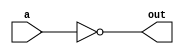
`timescale 1ns / 1ps
//////////////////////////////////////////////////////////////////////////////////
// Company: 
// Engineer: 
// 
// Design Name: 
// Module Name:    modules 
// Project Name: 
// Target Devices: 
// Tool versions: 
// Description: 
//
// Dependencies: 
//
// Revision: 
// Revision 0.01 - File Created
// Additional Comments: 
//
//////////////////////////////////////////////////////////////////////////////////
//Group-49.Machine-56
//Name-Sayan Mukhopadhyay(13CS30028)
//Name-Ravi Bansal(13CS30026)
//1 input not gate.
module notgate(out,a);
    output out;
    input a;
    assign out=~a;//complimenting a to input
endmodule
//2 input and gate.inputs are a and b
module and2gate(out,a,b);
    output out;
    input a;
    input b;
    assign out=a & b; //asiginign  out as a and b
endmodule
//2 input or gate.inputs are and b
module or2gate(out,a,b);
	output out;
	input a;
	input b;
	assign out=a | b; //assigning out as a or b
endmodule
// 3 input and gate.inputs are a,b and c
module and3gate(out,a,b,c);
	output out;
	input a;
	input b;
	input c;
	wire a1,a2;
	and2gate and1(a1,a,b);
	and2gate and2(a2,a1,c);
	assign out=a2;    
endmodule
//3input or gate.inputs are a,b and c
module or3gate(out,a,b,c);
	output out;
	input a;
	input b;
	input c;
	wire a1,a2;
 	or2gate or1(a1,a,b);
	or2gate or2(a2,a1,c);
	assign out=a2;
endmodule
//module to display segment 'a'
//out=abc+a'b'd'
module displaya(out,a,b,c,d);
	output out;
	input a;
	input b;
	input c;
	input d;
	wire a1,a2,a3,a4,a5,a6;
	notgate n1(a1,a);
	notgate n2(a2,b);
	notgate n3(a3,d);
	and3gate and1(a4,a1,a2,a3);
	and3gate and2(a5,a,b,c);
	or2gate  or1(out,a4,a5);
	
endmodule
//module to display segment 'b'
//out=b'c'
module displayb(out,b,c);
	output out;input b;input c;
	wire a1,a2;
	notgate not1(a1,b);
	notgate not2(a2,c);
	and2gate and1(out,a1,a2);
	
endmodule
//module to display segment 'c'
//out=ab'c
module displayc(out,a,b,c);
	output out;input a;input b;input c;
	wire a1;
	notgate n1(a1,b);
	and3gate and1(out,a,a1,c);
	
endmodule
//module to display segment 'd'
//out=a'b'd'+abc+a'bd
module displayd(out,a,b,c,d);
	output out;input a;input b;input c;input d;
	wire a1,a2,a3,a4,a5,a6,a7;
	notgate n1(a1,a);
	notgate n2(a2,b);
	notgate n3(a3,d);
	and3gate and1(a4,a1,a2,a3);
	and3gate and2(a5,d,b,a1);
	and3gate and3(a6,a,c,b);
	or3gate o1(out,a4,a5,a6);
	
endmodule
//module to display segment 'e'
//out=a'+bc
module displaye(out,a,b,c);
	output out;input a;input b;input c;
	wire a1,a2;
	notgate n1(a1,a);
	and2gate and1(a2,b,c);
	or2gate o1(out,a1,a2);
	
endmodule
//module to display segment 'f'
//out=a'b +d'b'
module displayf(out,a,b,d);
	output out;input a;input b;input d;
	wire ar1,a2,a3,a4,a5;
	notgate n1(a1,a);
	notgate n2(a2,b);
	notgate n3(a3,d);
	and2gate and1(a4,a2,a3);
	and2gate and2(a5,b,a1);
	or2gate o1(out,a4,a5);
	
endmodule
//module to display segment 'g'
//out=c'd' + d'b'a' + dba'
module displayg(out,a,b,c,d);
	output out;input a;input b;input c;input d;
	wire a1,a2,a3,a4,a5,a6,a7;
	notgate n1(a1,a);
	notgate n2(a2,b);
	notgate n3(a3,c);
	notgate n4(a4,d);
	and2gate and1(a5,a3,a4);
	and3gate and2(a6,a2,a4,a1);
	and3gate and3(a7,d,b,a1);
	or3gate o1(out,a5,a6,a7);
	
endmodule
//wrapper module
//accepets a 4bit input in a,b,c,d and ouputs the value for 7 segments in outa ....... outd
//accepts e as input for enable.
module displayall(enable,outa,outb,outc,outd,oute,outf,outg,a,b,c,d,e);
	input a;
	input b;
	input c;
	input d;
	input e;
	output outa;
	output outb;
	output outc;
	output outd;
	output oute;
	output outf;
	output outg;
	output enable;
	assign enable=e;
	wire a1,a2,a3,a4,a5,a6,a7;
	displaya d1(a1,a,b,c,d);
	displayb d2(a2,b,c);
	displayc d3(a3,a,b,c);
	displayd d4(a4,a,b,c,d);
	displaye d5(a5,a,b,c);
	displayf d6(a6,a,b,d);
	displayg d7(a7,a,b,c,d);
	//compilemting the output because of common cathode
	notgate n1(outa,a1);
	notgate n2(outb,a2);
	notgate n3(outc,a3);
	notgate n4(outd,a4);
	notgate n5(oute,a5);
	notgate n6(outf,a6);
	notgate n7(outg,a7);
endmodule
`timescale 1ns / 1ps



//TESTBENCH
////////////////////////////////////////////////////////////////////////////////
// Company: 
// Engineer:
//
// Design Name:   displayall
// Module Name:   E:/FPGA/ass5_group49/testbench.v
// Project Name:  ass5_group49
// Target Device:  
// Tool versions:  
// Description: 
//
// Verilog Test Fixture created by ISE for module: displayall
//
// Dependencies:
// 
// Revision:
// Revision 0.01 - File Created
// Additional Comments:
// 
////////////////////////////////////////////////////////////////////////////////

module testbench;

	// Inputs
	reg a;
	reg b;
	reg c;
	reg d;
	reg e;

	// Outputs
	wire enable;
	wire outa;
	wire outb;
	wire outc;
	wire outd;
	wire oute;
	wire outf;
	wire outg;

	// Instantiate the Unit Under Test (UUT)
	displayall uut (
		.enable(enable), 
		.outa(outa), 
		.outb(outb), 
		.outc(outc), 
		.outd(outd), 
		.oute(oute), 
		.outf(outf), 
		.outg(outg), 
		.a(a), 
		.b(b), 
		.c(c), 
		.d(d), 
		.e(e)
	);

	initial begin
		// Initialize Inputs
		d=0;c=0;b=1;a=1;e=1;
           	#100 d=0;c=1;b=0;a=0;
           	#100 d=0;c=1;b=0;a=1;
           	#100 d=0;c=1;b=1;a=0;
           	#100 d=0;c=1;b=1;a=1;
           	#100 d=1;c=0;b=0;a=0;
           	#100 d=1;c=0;b=0;a=1;
           	#100 d=1;c=0;b=1;a=0;
           	#100 d=1;c=0;b=1;a=1;
           	#100 d=1;c=1;b=0;a=0;

		// Wait 100 ns for global reset to finish
		#100;
        
		// Add stimulus here

	end
      
endmodule